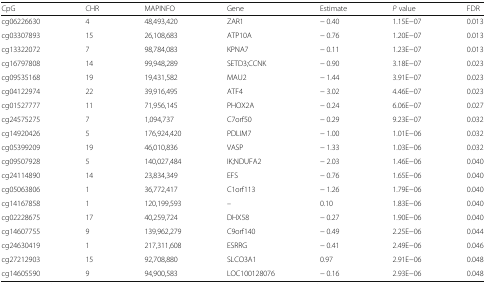
<table><thead><tr><td><b>CpG</b></td><td><b>CHR</b></td><td><b>MAPINFO</b></td><td><b>Gene</b></td><td><b>Estimate</b></td><td><b><i>P</i> value</b></td><td><b>FDR</b></td></tr></thead><tbody><tr><td>cg06226630</td><td>4</td><td>48,493,420</td><td>ZAR1</td><td>− 0.40</td><td>1.15E−07</td><td>0.013</td></tr><tr><td>cg03307893</td><td>15</td><td>26,108,683</td><td>ATP10A</td><td>− 0.76</td><td>1.20E−07</td><td>0.013</td></tr><tr><td>cg13322072</td><td>7</td><td>98,784,083</td><td>KPNA7</td><td>− 0.11</td><td>1.23E−07</td><td>0.013</td></tr><tr><td>cg16797808</td><td>14</td><td>99,948,289</td><td>SETD3;CCNK</td><td>− 0.90</td><td>3.18E−07</td><td>0.023</td></tr><tr><td>cg09535168</td><td>19</td><td>19,431,582</td><td>MAU2</td><td>− 1.44</td><td>3.91E−07</td><td>0.023</td></tr><tr><td>cg04122974</td><td>22</td><td>39,916,495</td><td>ATF4</td><td>− 3.02</td><td>4.46E−07</td><td>0.023</td></tr><tr><td>cg01527777</td><td>11</td><td>71,956,145</td><td>PHOX2A</td><td>− 0.24</td><td>6.06E−07</td><td>0.027</td></tr><tr><td>cg24575275</td><td>7</td><td>1,094,737</td><td>C7orf50</td><td>− 0.29</td><td>9.23E−07</td><td>0.032</td></tr><tr><td>cg14920426</td><td>5</td><td>176,924,420</td><td>PDLIM7</td><td>− 1.00</td><td>1.01E−06</td><td>0.032</td></tr><tr><td>cg05399209</td><td>19</td><td>46,010,836</td><td>VASP</td><td>− 1.33</td><td>1.03E−06</td><td>0.032</td></tr><tr><td>cg09507928</td><td>5</td><td>140,027,484</td><td>IK;NDUFA2</td><td>− 2.03</td><td>1.46E−06</td><td>0.040</td></tr><tr><td>cg24114890</td><td>14</td><td>23,834,349</td><td>EFS</td><td>− 0.76</td><td>1.65E−06</td><td>0.040</td></tr><tr><td>cg05063806</td><td>1</td><td>36,772,417</td><td>C1orf113</td><td>− 1.26</td><td>1.79E−06</td><td>0.040</td></tr><tr><td>cg14167858</td><td>1</td><td>120,199,593</td><td>–</td><td>0.10</td><td>1.83E−06</td><td>0.040</td></tr><tr><td>cg02228675</td><td>17</td><td>40,259,724</td><td>DHX58</td><td>− 0.27</td><td>1.90E−06</td><td>0.040</td></tr><tr><td>cg14607755</td><td>9</td><td>139,962,279</td><td>C9orf140</td><td>− 0.49</td><td>2.25E−06</td><td>0.044</td></tr><tr><td>cg24630419</td><td>1</td><td>217,311,608</td><td>ESRRG</td><td>− 0.41</td><td>2.49E−06</td><td>0.046</td></tr><tr><td>cg27212903</td><td>15</td><td>92,708,880</td><td>SLCO3A1</td><td>0.97</td><td>2.91E−06</td><td>0.048</td></tr><tr><td>cg14605590</td><td>9</td><td>94,900,583</td><td>LOC100128076</td><td>− 0.16</td><td>2.93E−06</td><td>0.048</td></tr></tbody></table>